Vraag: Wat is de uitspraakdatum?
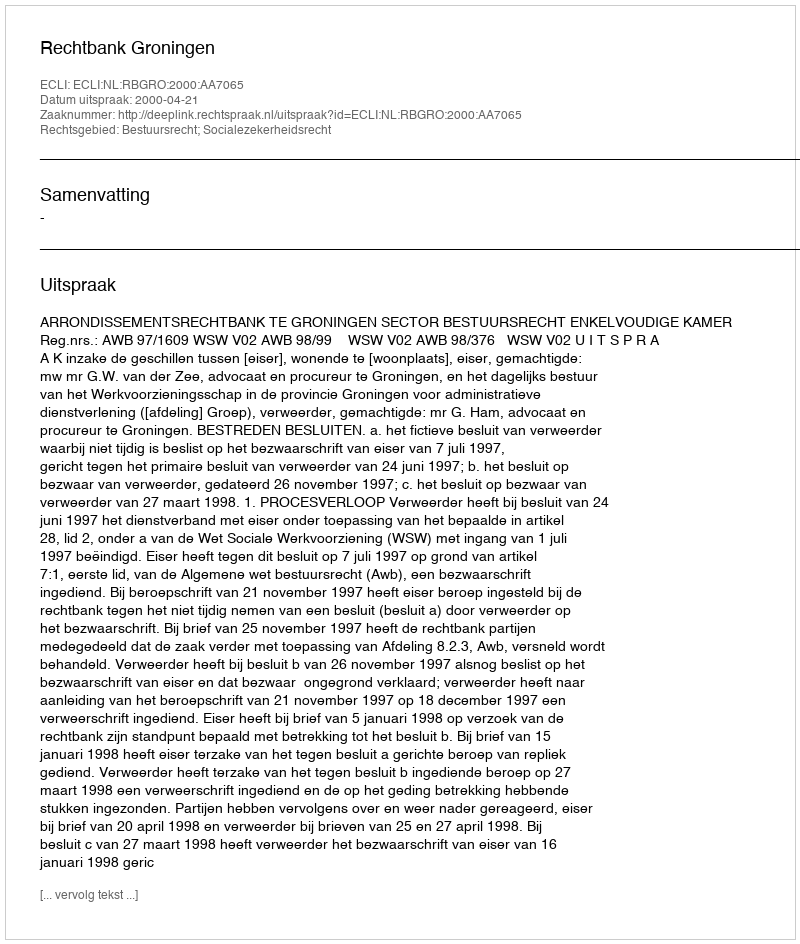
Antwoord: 2000-04-21